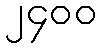
၂၄၀၀